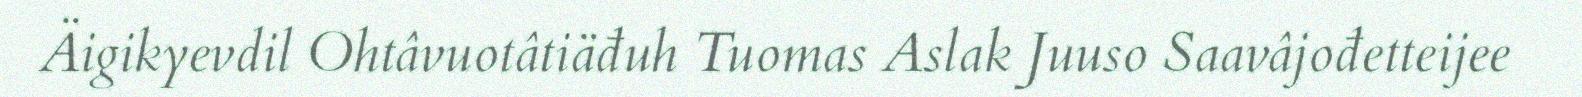
Äigikyevdil Ohtâvuotâtiäđuh Tuomas Aslak Juuso Saavâjođetteijee